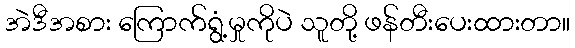
အဲဒီအစား ကြောက်ရွံ့မှုကိုပဲ သူတို့ ဖန်တီးပေးထားတာ။